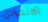
الانفرادي